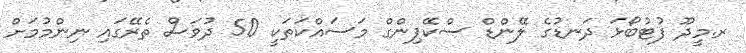
ރ.މީދޫ ފުޓުބޯޅަ ދަނޑުގެ ލޭންޑް ސްކޭޕިންގް މަސައްކަތަކީ 50 ދުވަސް ތެރޭގައި ނިންމުމަށް